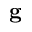
\mathbf { g }